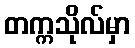
တက္ကသိုလ်မှာ